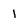
Character: l